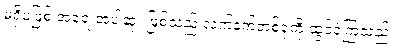
မရှိမဖြစ် အရေးအပါဆုံး ဖြစ်သည့် လက်နက်တစ်ခုကို ထွင်ခဲ့ကြသည်။